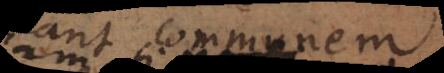
+5 communem